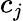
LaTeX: c_{j}